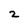
Character: 2